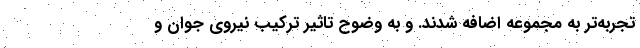
تجربه‌تر به مجموعه اضافه شدند. و به وضوح تاثیر ترکیب نیروی جوان و